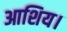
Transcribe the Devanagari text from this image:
आशिय।